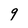
Character: 9